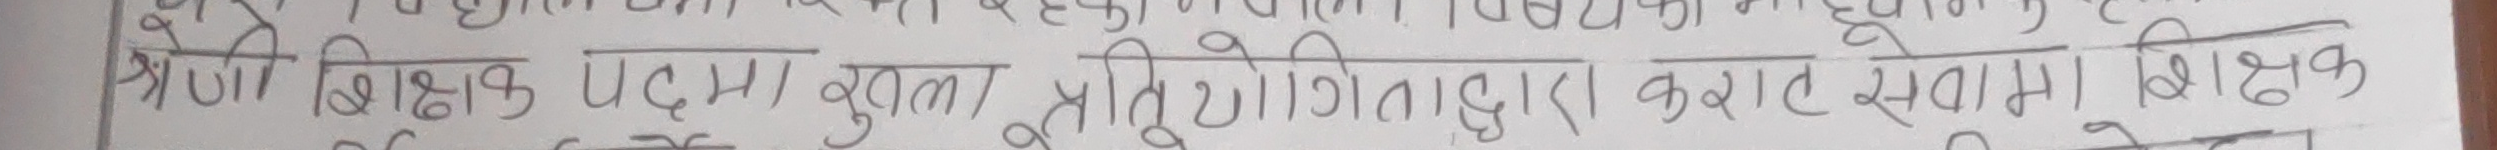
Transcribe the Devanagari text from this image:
श्रेणी शिक्षक पदमा खुला प्रतियोगिताद्वारा कार्यरत सेवामा शिक्षक